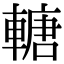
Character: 𨍴